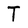
Character: T